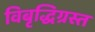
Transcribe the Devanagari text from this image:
विबृद्धिग्रस्त